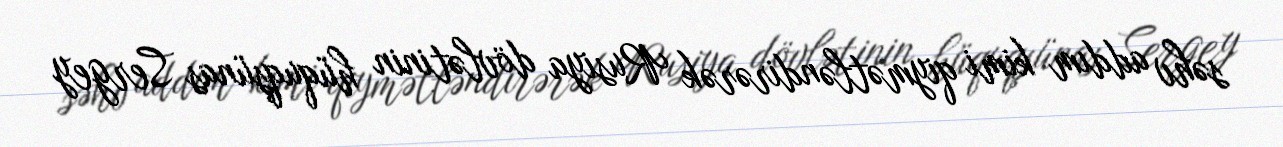
səhv addım kimi qiymətləndirərək Rusiya dövlətinin hüquqşünas Sergey